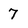
Character: 7